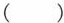
()